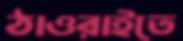
ঠাওরাইতে